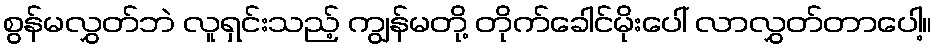
စွန်မလွှတ်ဘဲ လူရှင်းသည့် ကျွန်မတို့ တိုက်ခေါင်မိုးပေါ် လာလွှတ်တာပေါ့။